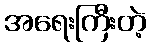
အရေးကြီးတဲ့